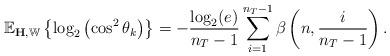
LaTeX: \begin{align*}\mathbb{E}_{\mathbf{H}, \mathbb{W}} \left \{ \log_2\left(\cos^2\theta_k \right)\right \} = - \frac{\log_2(e)}{n_T-1}\sum_{i=1}^{n_T-1} \beta\left( n, \frac{i}{n_T-1}\right).\end{align*}